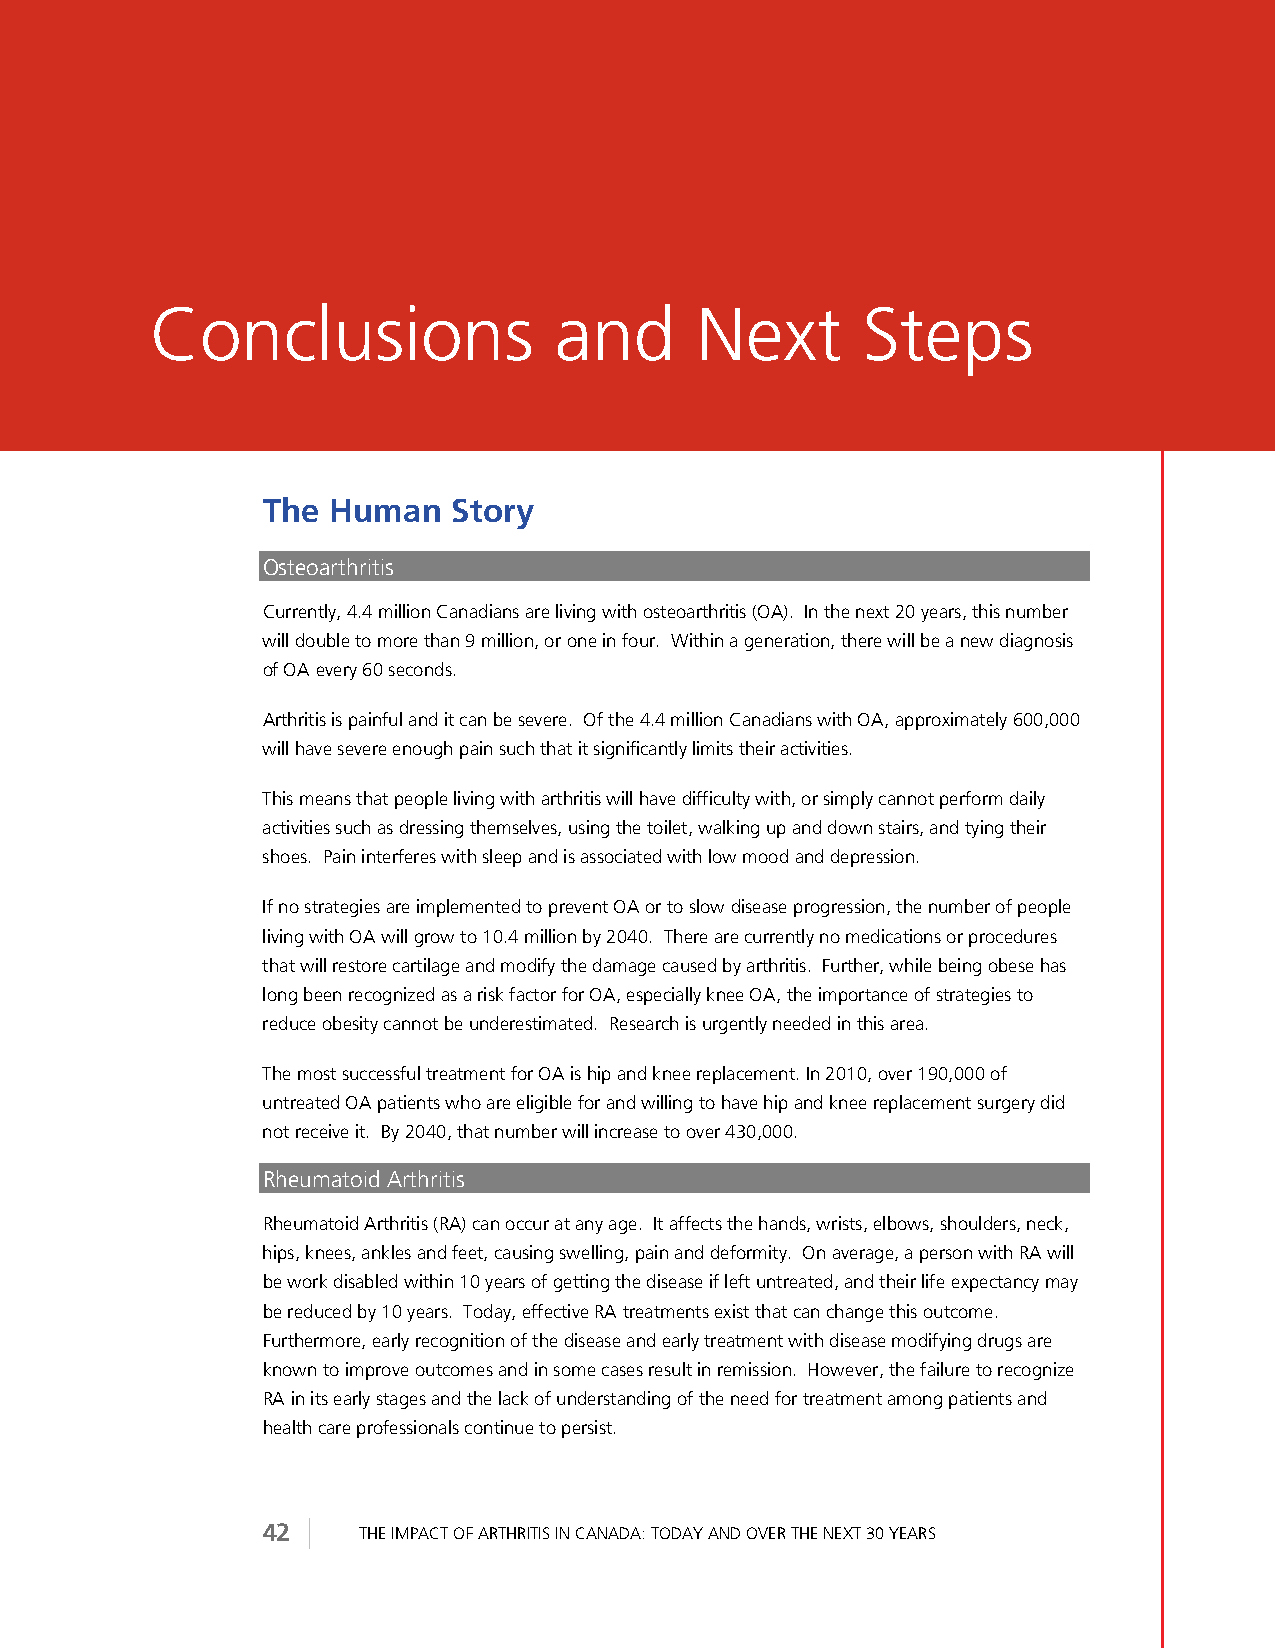
Conclusions                and      Next       Steps
 The  Human   Story
 Osteoarthritis
 Currently, 4.4 million Canadians are living with osteoarthritis (OA). In the next 20 years, this number
 will double to more than 9 million, or one in four. Within a generation, there will be a new diagnosis
 of OA every 60 seconds.
 Arthritis is painful and it can be severe. Of the 4.4 million Canadians with OA, approximately 600,000
 will have severe enough pain such that it significantly limits their activities.
 This means that people living with arthritis will have difficulty with, or simply cannot perform daily
 activities such as dressing themselves, using the toilet, walking up and down stairs, and tying their
 shoes. Pain interferes with sleep and is associated with low mood and depression.
 If no strategies are implemented to prevent OA or to slow disease progression, the number of people
 living with OA will grow to 10.4 million by 2040. There are currently no medications or procedures
 that will restore cartilage and modify the damage caused by arthritis. Further, while being obese has
 long been recognized as a risk factor for OA, especially knee OA, the importance of strategies to
 reduce obesity cannot be underestimated. Research is urgently needed in this area.
 The most successful treatment for OA is hip and knee replacement. In 2010, over 190,000 of
 untreated OA patients who are eligible for and willing to have hip and knee replacement surgery did
 not receive it. By 2040, that number will increase to over 430,000.
 Rheumatoid Arthritis
 Rheumatoid Arthritis (RA) can occur at any age. It affects the hands, wrists, elbows, shoulders, neck,
 hips, knees, ankles and feet, causing swelling, pain and deformity. On average, a person with RA will
 be work disabled within 10 years of getting the disease if left untreated, and their life expectancy may
 be reduced by 10 years. Today, effective RA treatments exist that can change this outcome.
 Furthermore, early recognition of the disease and early treatment with disease modifying drugs are
 known to improve outcomes and in some cases result in remission. However, the failure to recognize
 RA in its early stages and the lack of understanding of the need for treatment among patients and
 health care professionals continue to persist.
 42     THE IMPACT OF ARTHRITIS IN CANADA: TODAY AND OVER THE NEXT 30 YEARS